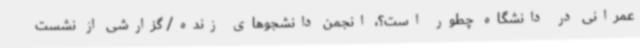
عمرانی در دانشگاه چطور است؟، انجمن دانشجوهای زنده/ گزارشی از نشست